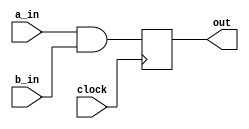
module and_latch_src(
    clock,
	a_in,
	b_in,
	out
);

    // SIGNAL DECLARATIONS
    input	clock;
    input	a_in;
    input	b_in;

    output reg	out;

    // ASSIGN STATEMENTS
    always @(posedge clock)
    begin
        out <= a_in & b_in;
    end

endmodule